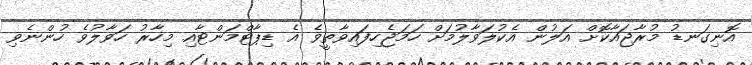
އޮނިގަނޑު މުރާޖައާކޮށް އަލުން އެކުލަވާލުމަށް ހަމަޖެހިފައިވާތީވެ އެ ޑިޕާޓްމަންޓާއި މިހާރު ހަވާލުވެ ހުންނެވި